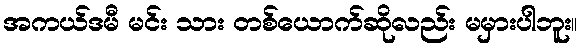
အကယ်ဒမီ မင်း သား တစ်ယောက်ဆိုလည်း မမှားပါဘူး။